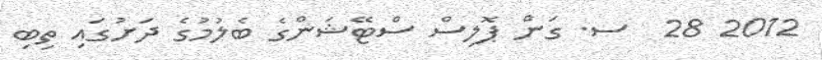
2012 28  ސ. ގަން ޕޮލިސް ސްޓޭޝަންގެ ބެލުމުގެ ދަށުގައި ތިބި